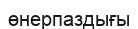
өнерпаздығы